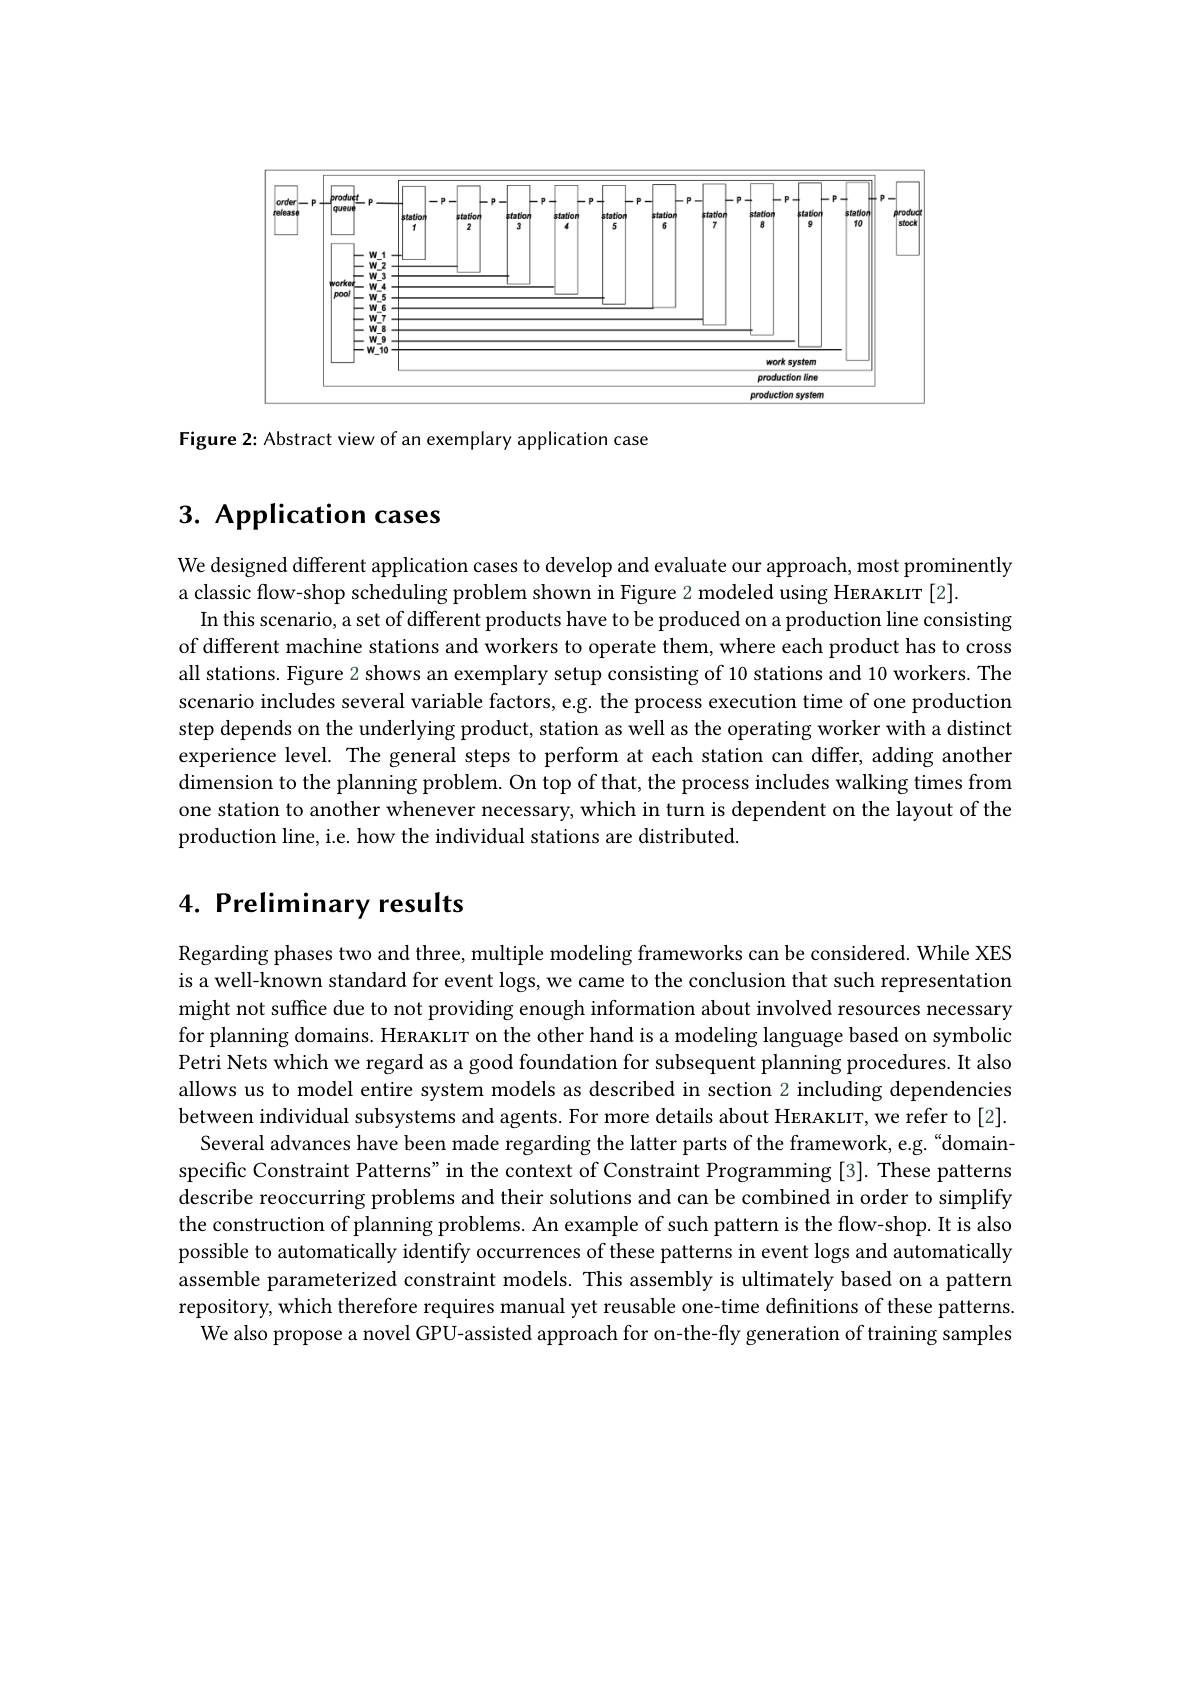
<FigureHere>

Figure 2: Abstract view of an exemplary application case

# 3. Application cases

We designed different application cases to develop and evaluate our approach, most prominently
a classic flow-shop scheduling problem shown in Figure 2 modeled using HeRAKLT [2].
In this scenario, a set of different products have to be produced on a production line consisting of different machine stations and workers to operate them, where each product has to cross all stations. Figure 2 shows an exemplary setup consisting of 10 stations and 10 workers. The scenario includes several variable factors, e.g. the process execution time of one production step depends on the underlying product, station as well as the operating worker with a distinct experience level. The general steps to perform at each station can differ, adding anothen dimension to the planning problem. On top of that, the process includes walking times from one station to another whenever necessary, which in turn is dependent on the layout of the production line, i.e. how the individual stations are distributed.

4. Preliminary results

Regarding phases two and three, multiple modeling frameworks can be considered. While XES is a well-known standard for event logs, we came to the conclusion that such representation might not suffice due to not providing enough information about involved resources necessary for planning domains. HERAKLIT on the other hand is a modeling language based on symbolic Petri Nets which we regard as a good foundation for subsequent planning procedures. It also allows us to model entire system models as described in section 2 including dependencies between individual subsystems and agents. For more details about HERAKLIT, we refer to [2].
Several advances have been made regarding the latter parts of the framework, e.g. "domainspecific Constraint Patterns" in the context of Constraint Programming [3]. These patterns describe reoccurring problems and their solutions and can be combined in order to simplify the construction of planning problems. An example of such pattern is the flow-shop. It is also possible to automatically identify occurrences of these patterns in event logs and automatically assemble parameterized constraint models. This assembly is ultimately based on a pattern repository, which therefore requires manual yet reusable one-time definitions of these patterns.
We also propose a novel GPU-assisted approach for on-the-fly generation of training samples